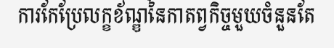
ការកែប្រែលក្ខខ័ណ្ឌនៃកាតព្វកិច្ចមួយចំនួនតែ